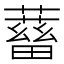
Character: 𧁖